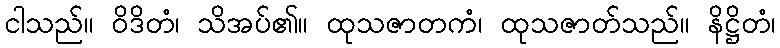
ငါသည်။ ဝိဒိတံ၊ သိအပ်၏။ ထုသဇာတကံ၊ ထုသဇာတ်သည်။ နိဋ္ဌိတံ၊